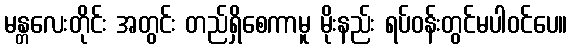
မန္တလေးတိုင်း အတွင်း တည်ရှိစေကာမူ မိုးနည်း ရပ်ဝန်းတွင်မပါဝင်ပေ။